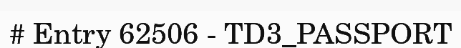
# Entry 62506 - TD3_PASSPORT